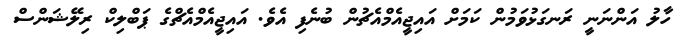
ހާލު އަންނަނީ ރަނގަޅުވަމުން ކަމަށް އައިޖީއެމްއެޗުން ބުނެފި އެވެ. އައިޖީއެމްއެޗްގެ ޕަބްލިކް ރިލޭޝަންސް